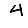
Digit: 4